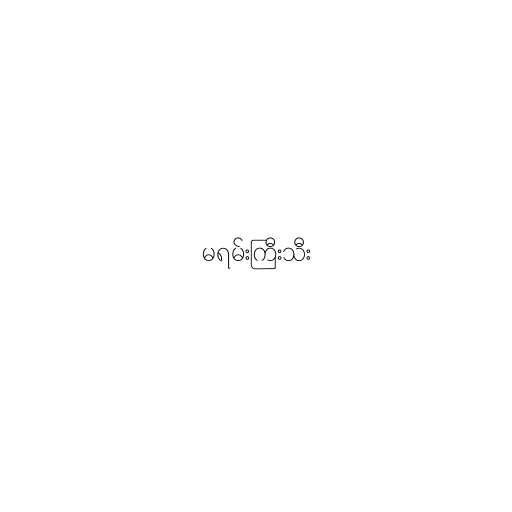
မရမ်းကြီးသီး